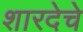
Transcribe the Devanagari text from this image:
शारदेचे